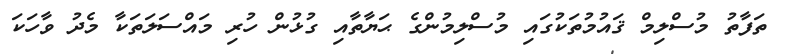
ތަފާތު މުސްލިމް ޤައުމުތަކުގައި މުސްލިމުންގެ ޙަޔާތާއި ގުޅުން ހުރި މައްސަލަތަކާ މެދު ވާހަކަ